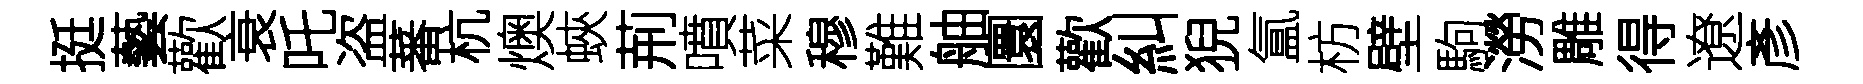
挺藝歡衰吒盗蕃杭燠蛺荊噴菜穆難舳圜歡糾猊氲枋壁駒澇雕得遼彥